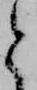
と